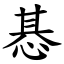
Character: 惎